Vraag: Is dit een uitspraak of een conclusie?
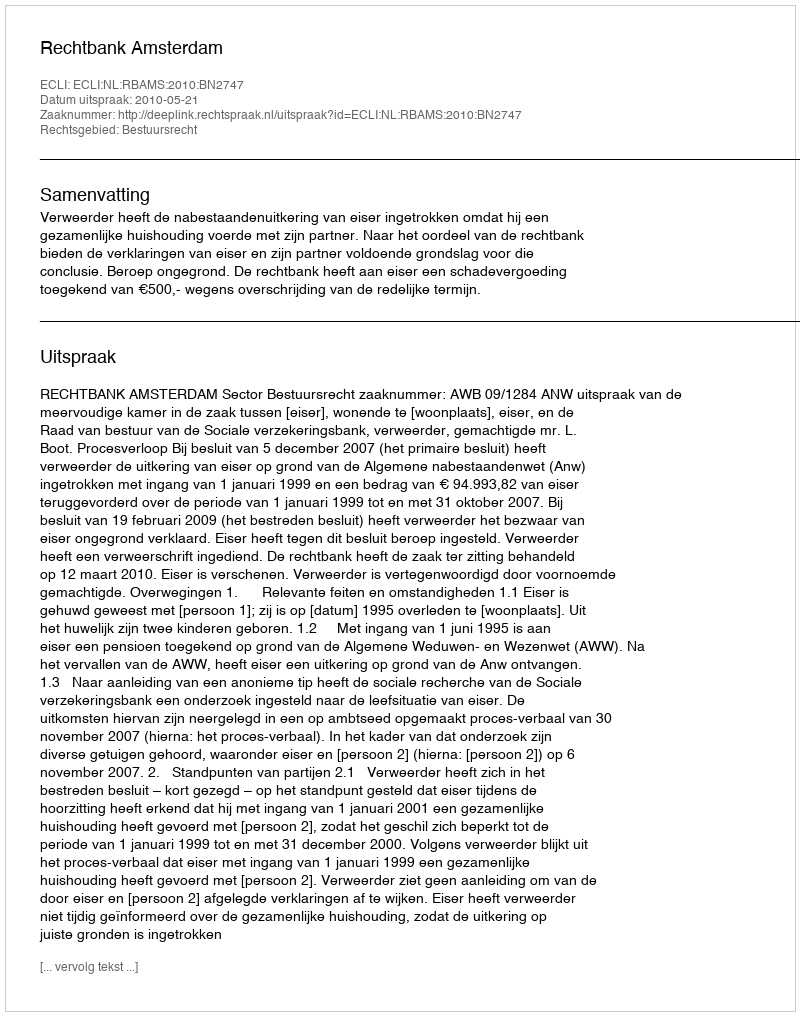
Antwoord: Uitspraak